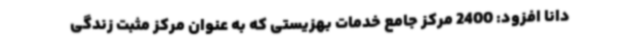
دانا افزود: 2400 مرکز جامع خدمات بهزیستی که به عنوان مرکز مثبت زندگی